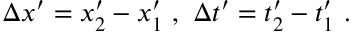
\Delta x ^ { \prime } = x _ { 2 } ^ { \prime } - x _ { 1 } ^ { \prime } \ , \ \Delta t ^ { \prime } = t _ { 2 } ^ { \prime } - t _ { 1 } ^ { \prime } \ .